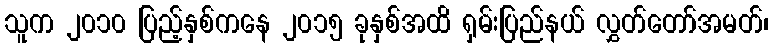
သူက ၂၀၁၀ ပြည့်နှစ်ကနေ ၂၀၁၅ ခုနှစ်အထိ ရှမ်းပြည်နယ် လွှတ်တော်အမတ်၊